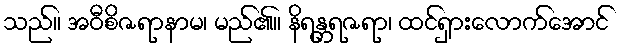
သည်။ အဝီစိဇရာနာမ၊ မည်၏။ နိရန္တရဇရာ၊ ထင်ရှားလောက်အောင်